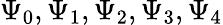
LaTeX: \Psi_{0},\Psi_{1},\Psi_{2},\Psi_{3},\Psi_{4}